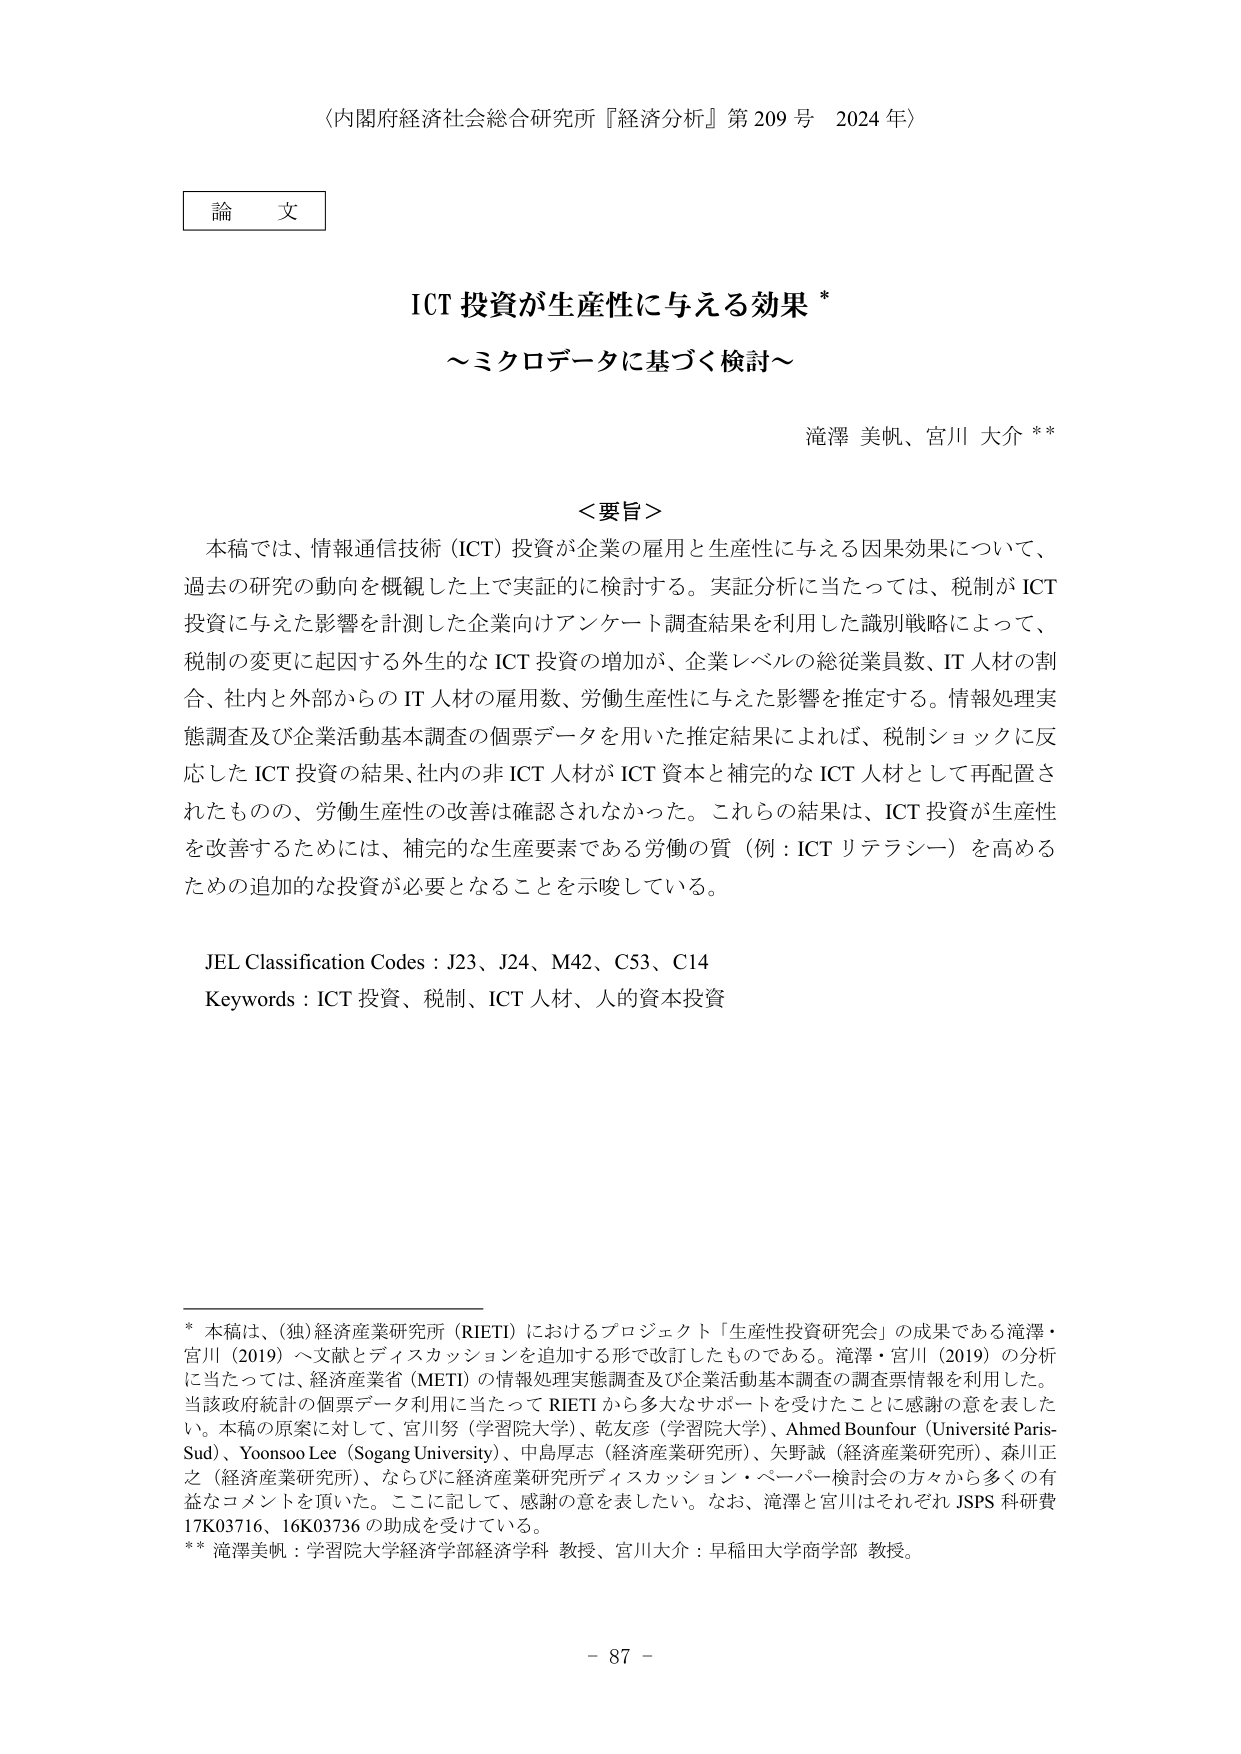
〈内閣府経済社会総合研究所『経済分析』第209号 2024年〉

論文

ICT投資が生産性に与える効果*

～ミクロデータに基づく検討～

滝澤 美帆、宮川 大介**

＜要旨＞
本稿では、情報通信技術（ICT）投資が企業の雇用と生産性に与える因果効果について、
過去の研究の動向を概観した上で実証的に検討する。実証分析に当たっては、税制が ICT
投資に与えた影響を計測した企業向けアンケート調査結果を利用した識別戦略によって、
税制の変更に起因する外生的な ICT 投資の増加が、企業レベルの総従業員数、IT 人材の割
合、社内と外部からの IT 人材の雇用数、労働生産性に与えた影響を推定する。情報処理実
態調査及び企業活動基本調査の個票データを用いた推定結果によれば、税制ショックに反
応した ICT 投資の結果、社内の非 ICT 人材が ICT 資本と補完的な ICT 人材として再配置さ
れたものの、労働生産性の改善は確認されなかった。これらの結果は、ICT 投資が生産性
を改善するためには、補完的な生産要素である労働の質（例：ICT リテラシー）を高める
ための追加的な投資が必要となることを示唆している。

JEL Classification Codes : J23、J24、M42、C53、C14
Keywords : ICT 投資、税制、ICT 人材、人的資本投資

*
本稿は、(独)経済産業研究所（RIETI）におけるプロジェクト「生産性投資研究会」の成果である滝澤・
宮川（2019）へ文献とディスカッションを追加する形で改訂したものである。滝澤・宮川（2019）の分析
に当たっては、経済産業省（METI）の情報処理実態調査及び企業活動基本調査の調査票情報を利用した。
当該政府統計の個票データ利用に当たって RIETI から多大なサポートを受けたことに感謝の意を表した
い。本稿の原案に対して、宮川努（学習院大学）、乾友彦（学習院大学）、Ahmed Bounfour（Université Paris-
Sud）、Yoonsoo Lee（Sogang University）、中島厚志（経済産業研究所）、矢野誠（経済産業研究所）、森川正
之（経済産業研究所）、ならびに経済産業研究所ディスカッション・ペーパー検討会の方々から多くの有
益なコメントを頂いた。ここに記して、感謝の意を表したい。なお、滝澤と宮川はそれぞれ JSPS 科研費
17K03716、16K03736 の助成を受けている。

**
滝澤美帆：学習院大学経済学部経済学科 教授、宮川大介：早稲田大学商学部 教授。

- 87 -